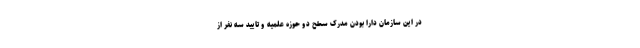
در این سازمان دارا بودن مدرک سطح دو حوزه علمیه و تایید سه نفر از